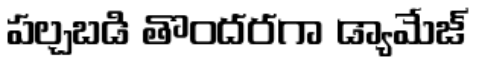
పల్చబడి తొందరగా డ్యామేజ్